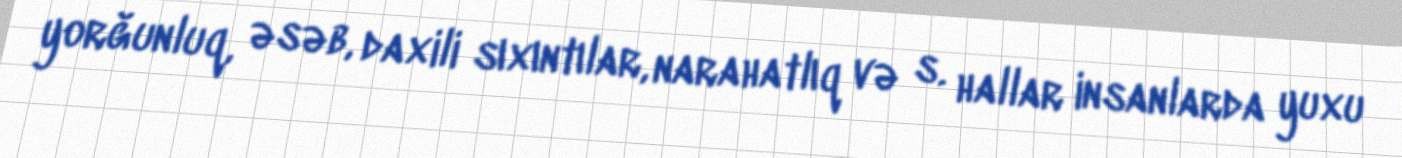
yorğunluq, əsəb, daxili sıxıntılar, narahatlıq və s. hallar insanlarda yuxu